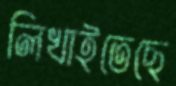
লিখাইতেছে